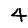
Digit: 4